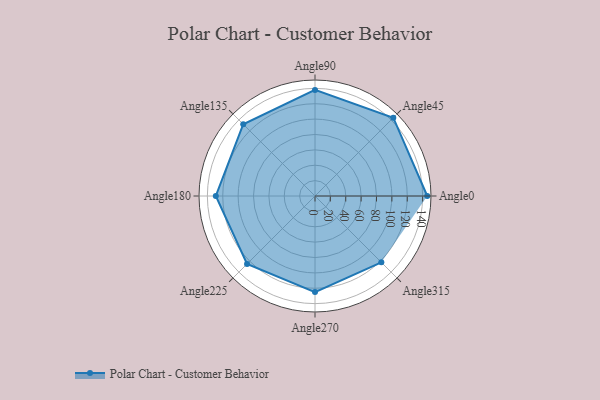
{"axis": {"x": "Angle", "y": "Radius"}, "legend": [""], "data": [{"x": "Angle0", "y": 146.0, "type": ""}, {"x": "Angle45", "y": 144.0, "type": ""}, {"x": "Angle90", "y": 138.0, "type": ""}, {"x": "Angle135", "y": 132.0, "type": ""}, {"x": "Angle180", "y": 129.0, "type": ""}, {"x": "Angle225", "y": 125.0, "type": ""}, {"x": "Angle270", "y": 125.0, "type": ""}, {"x": "Angle315", "y": 122.0, "type": ""}]}